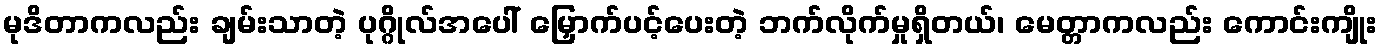
မုဒိတာကလည်း ချမ်းသာတဲ့ ပုဂ္ဂိုလ်အပေါ် မြှောက်ပင့်ပေးတဲ့ ဘက်လိုက်မှုရှိတယ်၊ မေတ္တာကလည်း ကောင်းကျိုး